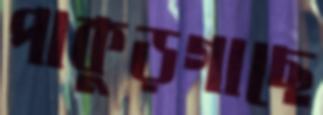
পাকুড়গাছে